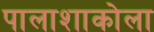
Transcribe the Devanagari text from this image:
पालाशाकोला